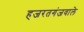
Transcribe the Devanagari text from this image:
हजरतगंजवाले